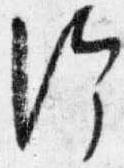
給